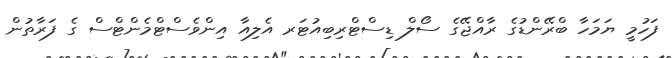
ފަހުމީ ޔަމަހާ ބްރޭންޑުގެ ރާއްޖޭގެ ސޯލް ޑިސްޓްރިބިއުޓަރ އެލިއާ އިންވެސްޓްމެންޓްސް ގެ ފަރާތުން